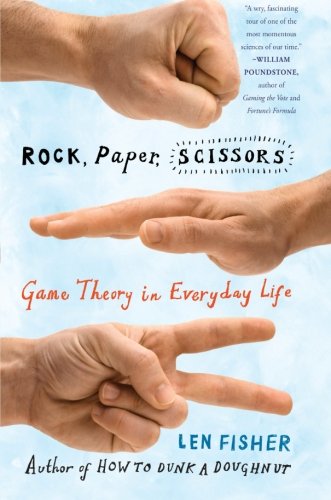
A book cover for Rock, Paper, Scissors: Game Theory in Everyday Life; Len Fisher; Science & Math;